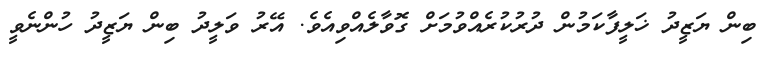
ބިން ޔަޒީދު ޚަލީފާކަމުން ދުރުކުރެއްވުމަށް ގޮވާލެއްވިއެވެ. އޭރު ވަލީދު ބިން ޔަޒީދު ހުންނެވީ